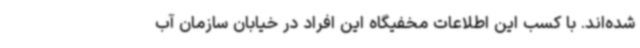
شده‌اند. با کسب این اطلاعات مخفیگاه این افراد در خیابان سازمان آب